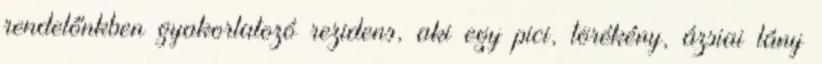
rendelőnkben gyakorlatozó rezidens, aki egy pici, törékény, ázsiai lány